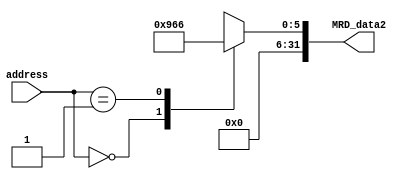

module collision_table (address, MRD_data2);
 input [31:0] address;
 output reg [31:0]MRD_data2;

       
reg [31:0] addr;



 always @(*)
 begin 

    addr <= address;
       case(addr)
   32'h00: MRD_data2 = 32'h25; //event triggered associated with unconditional frame 32'h25 
   32'h01: MRD_data2 = 32'h26; //event triggered associated with unconditional frame 32'h26
   default: MRD_data2 = 6'bXXXXXX;
       endcase

                
    
  
       
 end
 
endmodule